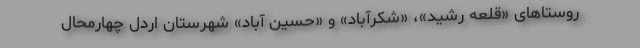
روستاهای «قلعه رشید»، «شِکرآباد» و «حسین آباد» شهرستان اردل چهارمحال